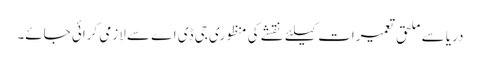
دریا سے ملحق تعمیرات کیلئے نقشے کی منظوری جی ڈی اے سے لازمی کرائی جائے۔